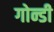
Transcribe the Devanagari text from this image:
गोन्डी